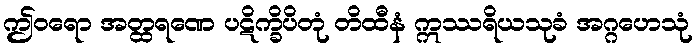
ဤဝရော အတ္ထရဏေ ပဋိက္ခိပိတုံ တိထီနံ ဣဿရိယသုခံ အဂ္ဂဟေသုံ